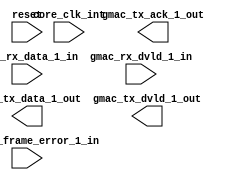
module get_tse_data 
   (
		output 		[7:0] gmac_tx_data_1_out,
		output 		gmac_tx_dvld_1_out,
		output 		gmac_tx_ack_1_out,
		  
		input 		[7:0] gmac_rx_data_1_in,
		input 		gmac_rx_dvld_1_in,
		input 		gmac_rx_frame_error_1_in, 

      // core clock
      input        core_clk_int,

      // misc
      input        reset    

   );
	
	
	
	
	
	endmodule